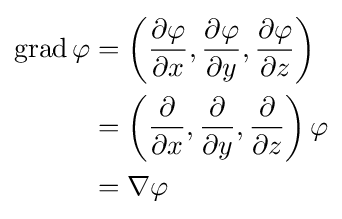
{\begin{aligned}\operatorname {grad} \varphi &=\left({\frac {\partial \varphi }{\partial x}},{\frac {\partial \varphi }{\partial y}},{\frac {\partial \varphi }{\partial z}}\right)\\&=\left({\frac {\partial }{\partial x}},{\frac {\partial }{\partial y}},{\frac {\partial }{\partial z}}\right)\varphi \\&=\nabla \varphi \end{aligned}}